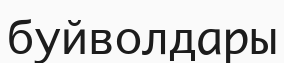
буйволдары